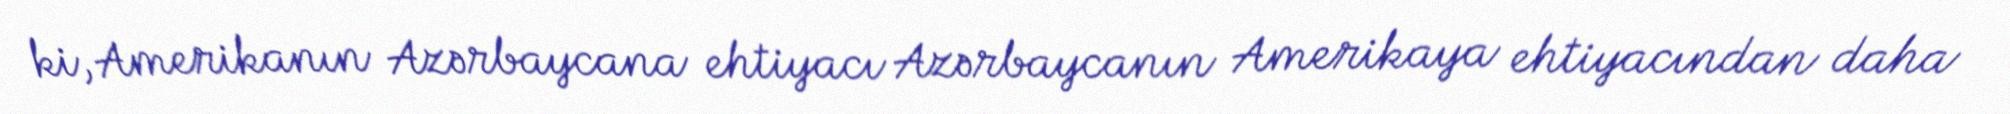
ki, Amerikanın Azərbaycana ehtiyacı Azərbaycanın Amerikaya ehtiyacından daha